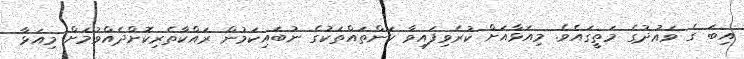
އިބަ ގެ ވަޢުދުގެ މަތީގައެވެ. މިއަޅާއަށް ކުރެވިފައިވާ ކަންތައްތަކުގެ ނުބައިކަމުން ރައްކާތެރިކޮށްދެއްވުމަށް މިއަޅާ